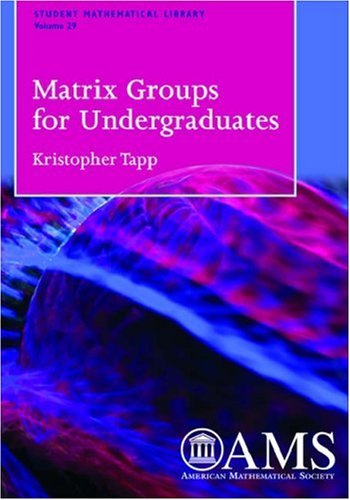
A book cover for Matrix Groups for Undergraduates (Student Mathematical Library,); Kristopher Tapp; Science & Math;